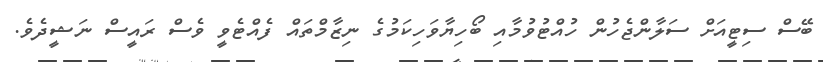
ބޭސް ސިޓީއަށް ސަލާންޖެހުން ހުއްޓުވުމާއި ބޯހިޔާވަހިކަމުގެ ނިޒާމްތައް ފެއްޓެވީ ވެސް ރައީސް ނަޝީދެވެ.